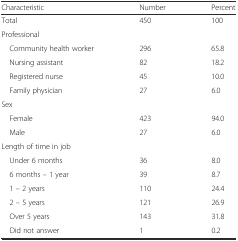
<table><thead><tr><td><b>Characteristic</b></td><td><b>Number</b></td><td><b>Percent</b></td></tr></thead><tbody><tr><td>Total</td><td>450</td><td>100</td></tr><tr><td>Professional</td><td>[EMPTY_CELL]</td><td>[EMPTY_CELL]</td></tr><tr><td> Community health worker</td><td>296</td><td>65.8</td></tr><tr><td> Nursing assistant</td><td>82</td><td>18.2</td></tr><tr><td> Registered nurse</td><td>45</td><td>10.0</td></tr><tr><td> Family physician</td><td>27</td><td>6.0</td></tr><tr><td>Sex</td><td>[EMPTY_CELL]</td><td>[EMPTY_CELL]</td></tr><tr><td> Female</td><td>423</td><td>94.0</td></tr><tr><td> Male</td><td>27</td><td>6.0</td></tr><tr><td>Length of time in job</td><td>[EMPTY_CELL]</td><td>[EMPTY_CELL]</td></tr><tr><td> Under 6 months</td><td>36</td><td>8.0</td></tr><tr><td> 6 months – 1 year</td><td>39</td><td>8.7</td></tr><tr><td> 1 – 2 years</td><td>110</td><td>24.4</td></tr><tr><td> 2 – 5 years</td><td>121</td><td>26.9</td></tr><tr><td> Over 5 years</td><td>143</td><td>31.8</td></tr><tr><td> Did not answer</td><td>1</td><td>0.2</td></tr></tbody></table>